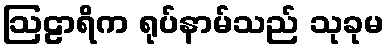
ဩဠာရိက ရုပ်နာမ်သည် သုခုမ